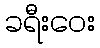
ခရီးဝေး